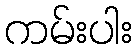
ကမ်းပါး